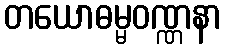
တယောဓမ္မဝဏ္ဏနာ